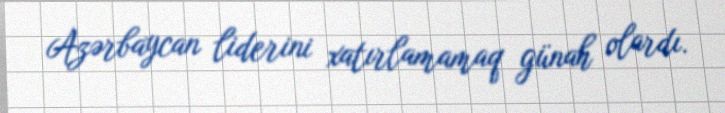
Azərbaycan liderini xatırlamamaq günah olardı.